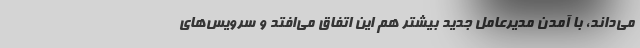
می‌داند، با آمدن مدیرعامل جدید بیشتر هم این اتفاق می‌افتد و سرویس‌های